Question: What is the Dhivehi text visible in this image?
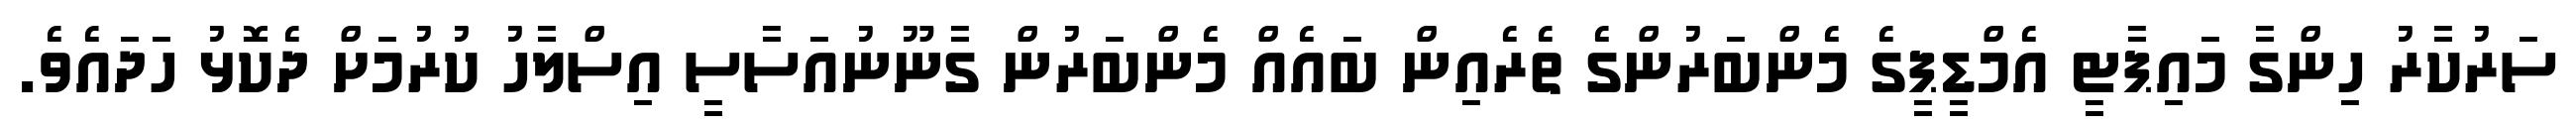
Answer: ސަރުކާރު ހިންގާ މައިޕާޓީ އެމްޑީޕީގެ މެންބަރުންގެ ތެރެއިން ބައެއް މެންބަރުން ގާނޫނުއަސާސީ އިސްލާހު ކުރުމަށް ދެކޮޅު ހަދައެވެ.